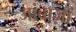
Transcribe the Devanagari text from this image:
जांबाज़ों